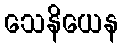
သေနိယေန